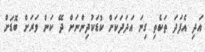
އަދި އެފަދަ ތަކެތި ގިނަ އަދަދަކަށް ކުޑަކުދިންނަށް ދޭ ކަން ވަރަށް ބޮޑަށް